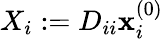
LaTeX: X_{i}:=D_{ii}\mathbf{x}_{i}^{(0)}